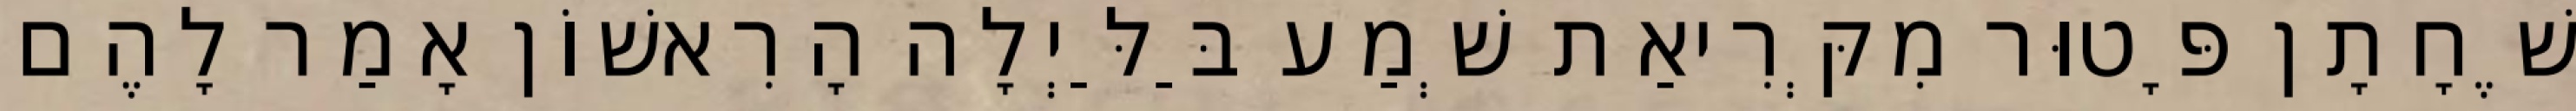
שֶׁחָתָן פָּטוּר מִקְּרִיאַת שְׁמַע בַּלַּיְלָה הָרִאשׁוֹן אָמַר לָהֶם